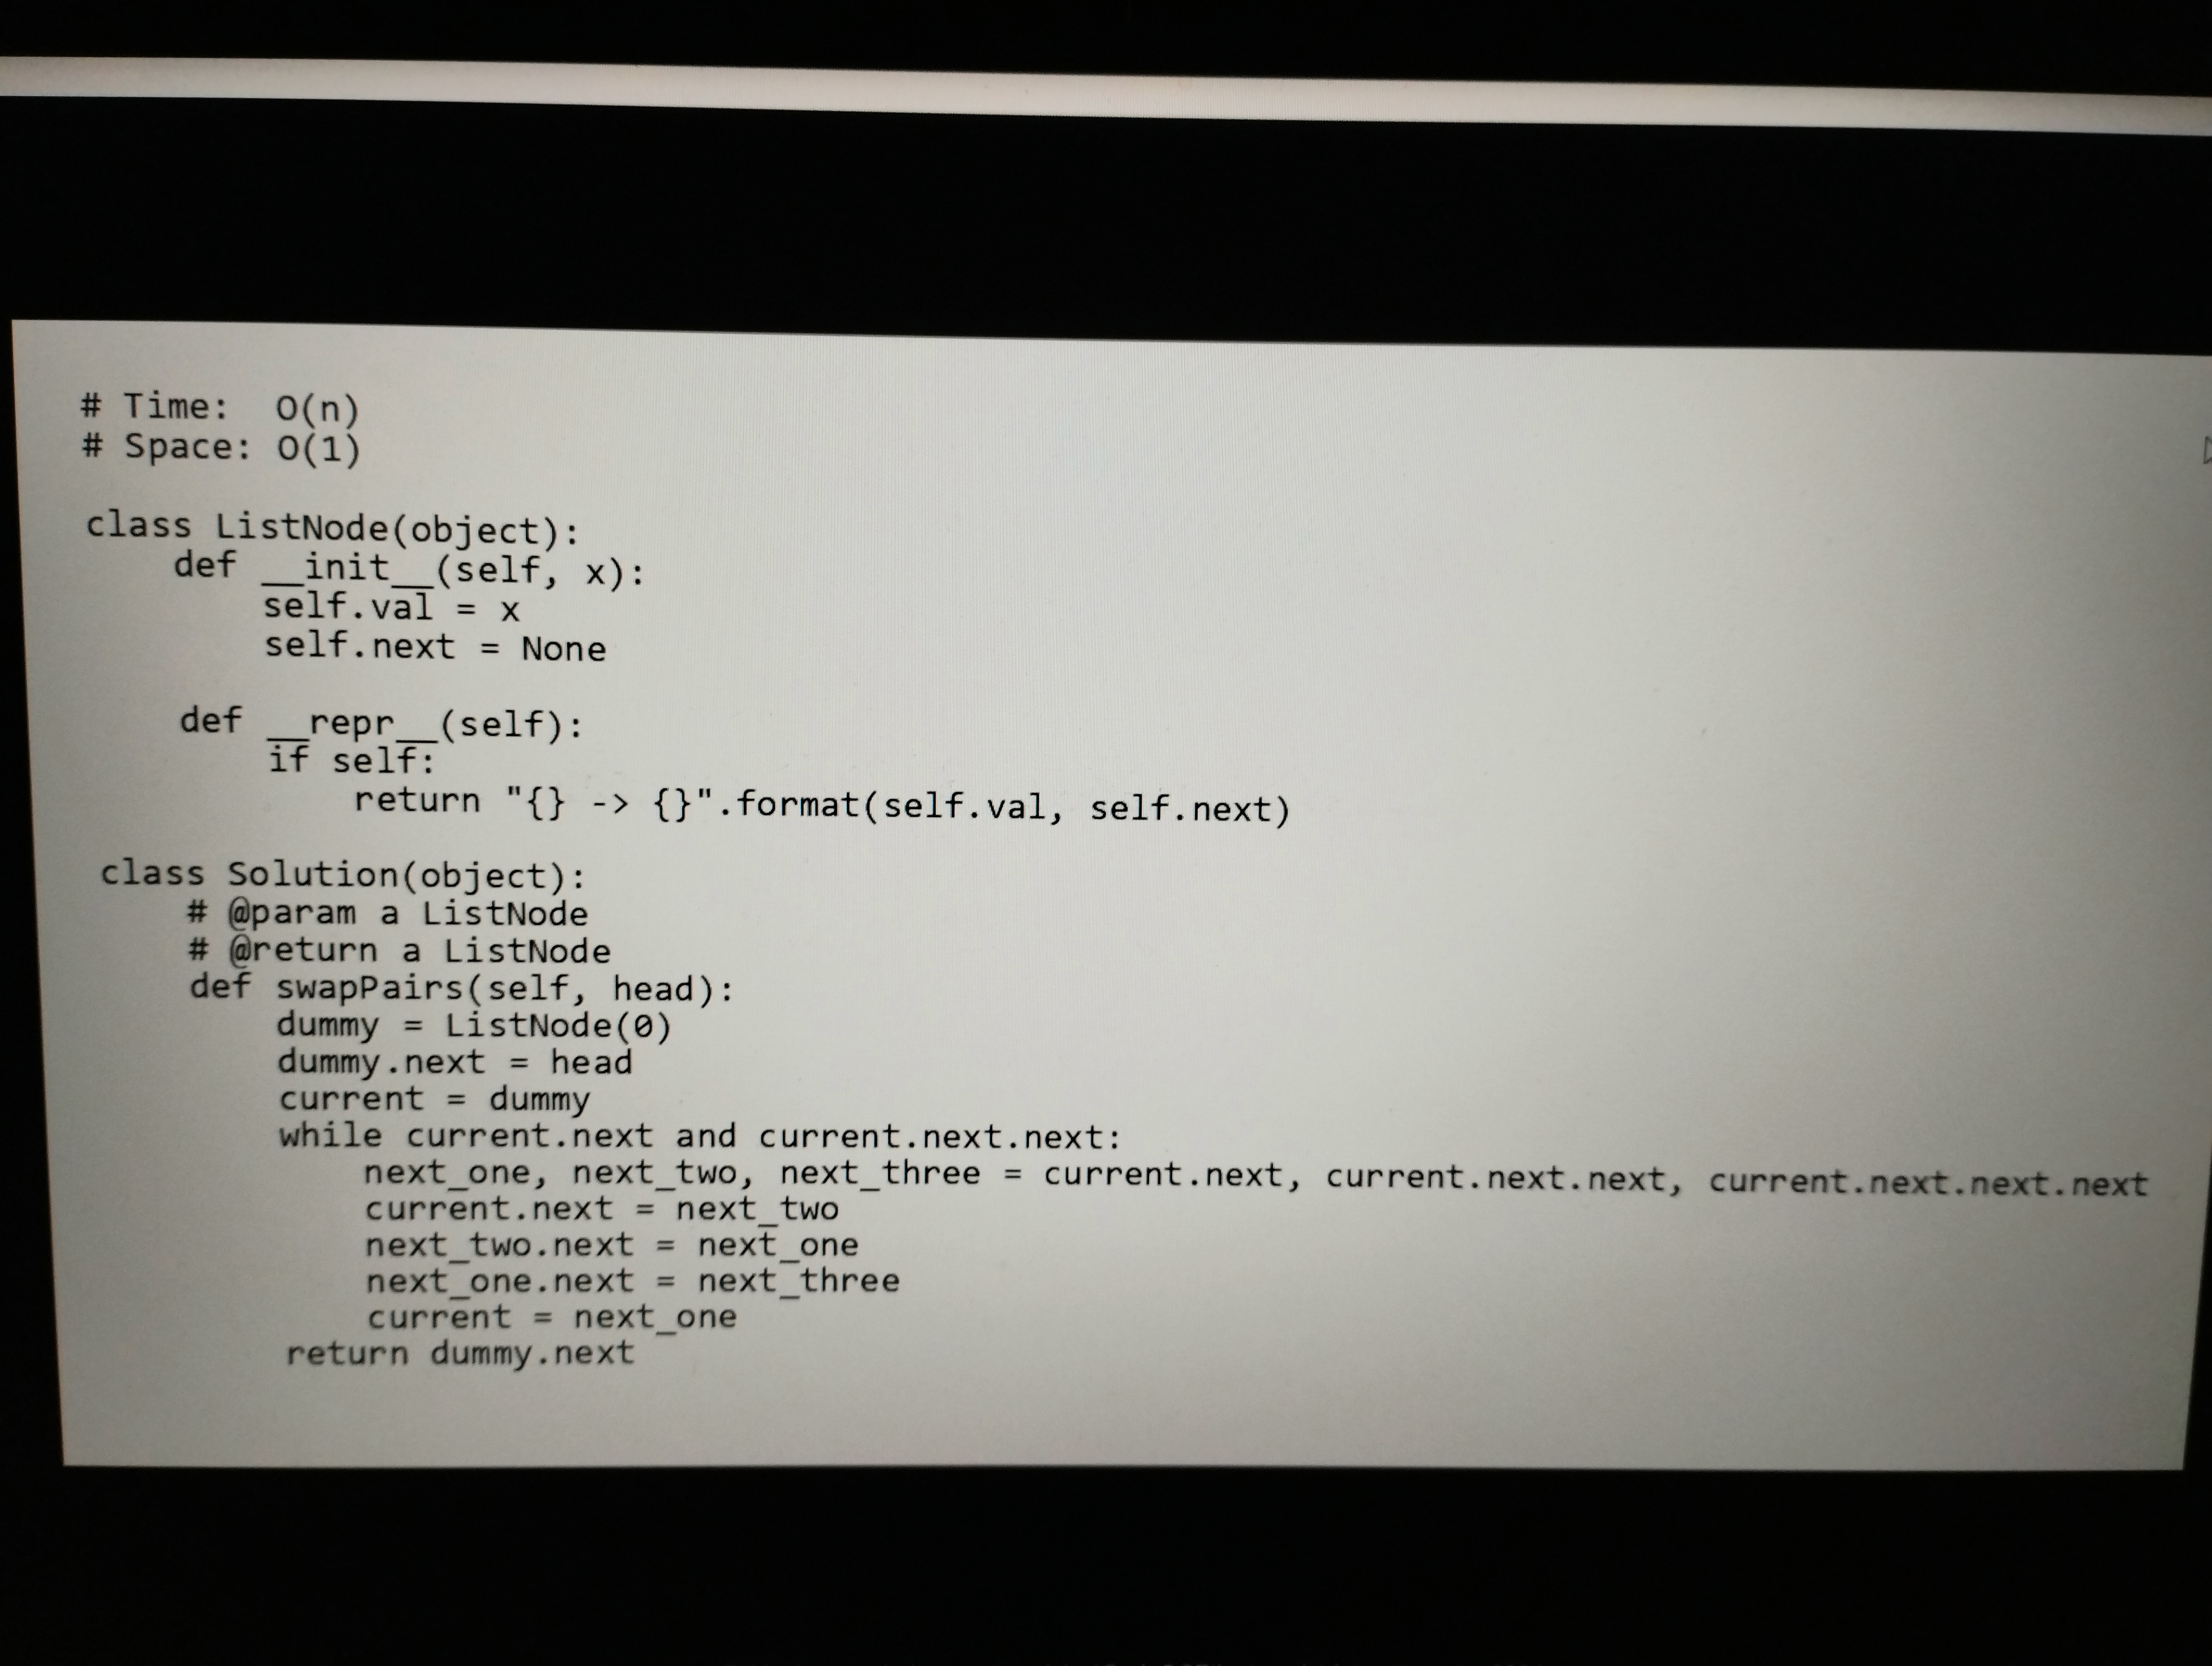
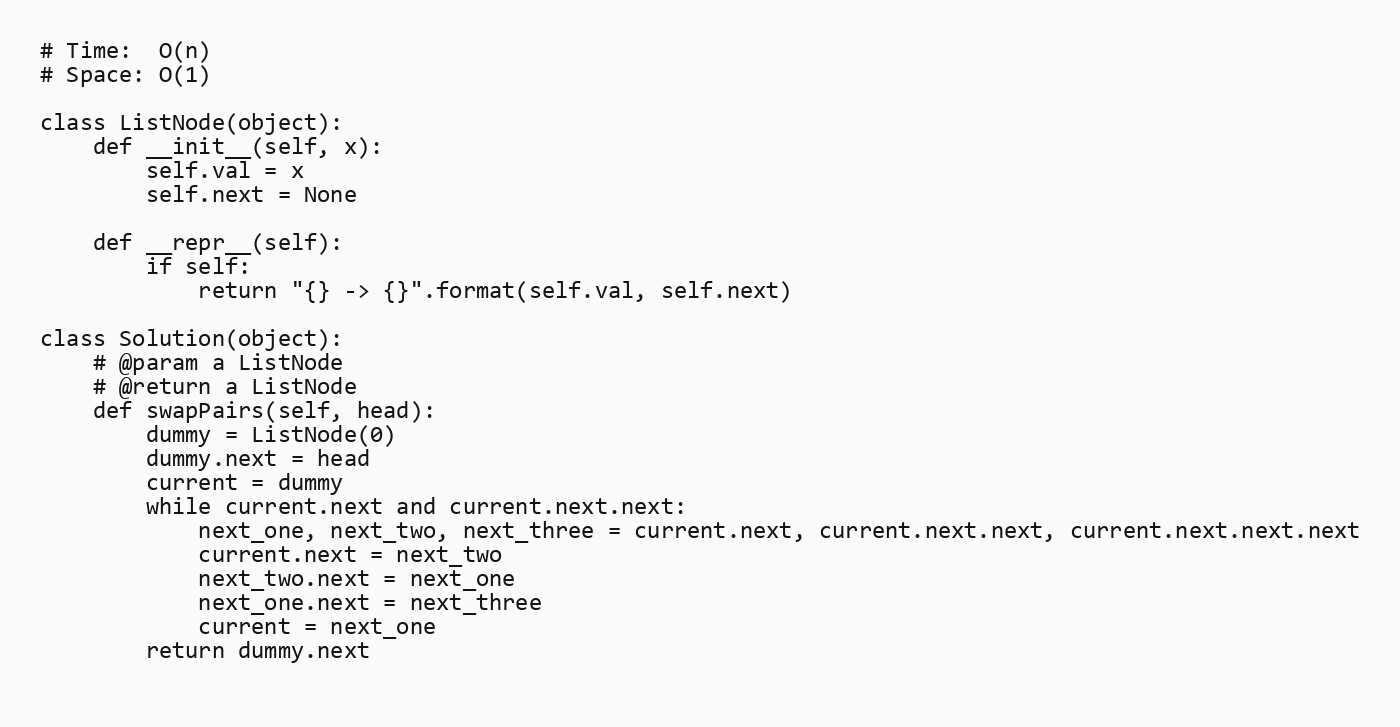
# Time:  O(n)
# Space: O(1)

class ListNode(object):
    def __init__(self, x):
        self.val = x
        self.next = None

    def __repr__(self):
        if self:
            return "{} -> {}".format(self.val, self.next)

class Solution(object):
    # @param a ListNode
    # @return a ListNode
    def swapPairs(self, head):
        dummy = ListNode(0)
        dummy.next = head
        current = dummy
        while current.next and current.next.next:
            next_one, next_two, next_three = current.next, current.next.next, current.next.next.next
            current.next = next_two
            next_two.next = next_one
            next_one.next = next_three
            current = next_one
        return dummy.next